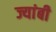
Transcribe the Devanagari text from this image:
ज्यांबी